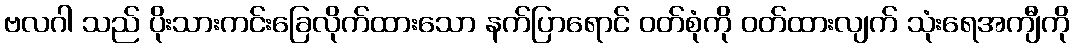
ဗလဂါ သည် ပိုးသားကင်းခြေလိုက်ထားသော နက်ပြာရောင် ဝတ်စုံကို ဝတ်ထားလျက် သုံးရေအကျီကို